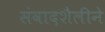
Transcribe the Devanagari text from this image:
संवादशैलीने